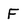
Character: F